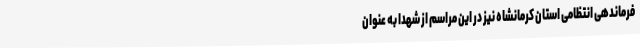
فرماندهی انتظامی استان کرمانشاه نیز در این مراسم از شهدا به عنوان